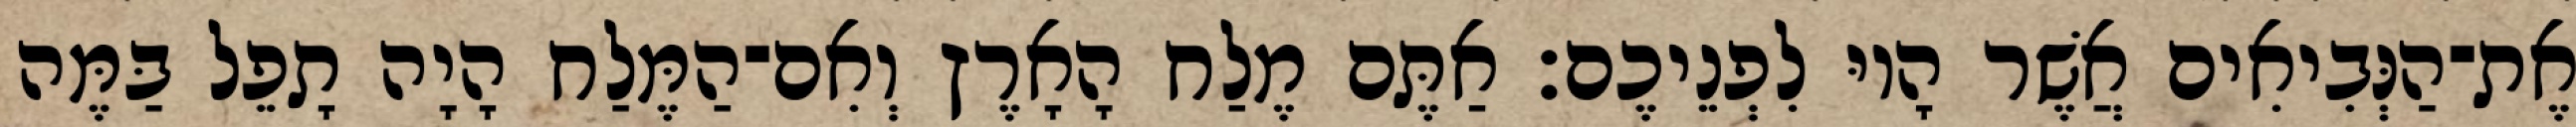
אֶת־הַנְּבִיאִים אֲשֶׁר הָיוּ לִפְנֵיכֶם׃ אַתֶּם מֶלַח הָאָרֶץ וְאִם־הַמֶּלַח הָיָה תָפֵל בַּמֶּה